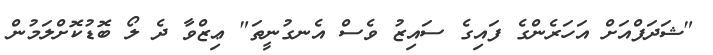
"ޝަދަފްއަށް އަހަރެންގެ ފައިގެ ސައިޒު ވެސް އެނގުނީތަ" ޢިޒްވާ ދެ ލޯ ބޮޑުކޮށްލަމުން